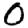
Digit: 0